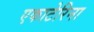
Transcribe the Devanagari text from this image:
एकाटेरिना